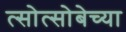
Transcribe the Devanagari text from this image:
त्सोत्सोबेच्या